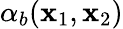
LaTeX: \alpha_{b}(\mathbf{x}_{1},\mathbf{x}_{2})